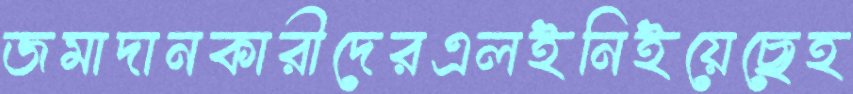
জমাদানকারীদেরএলইনিইয়েছেহ